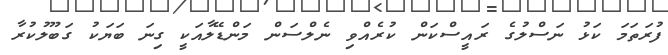
ފުރަތަމަ ކަޅު ނަސްލުގެ ރައީސްކަން ކުރެއްވި ނެލްސަން މަންޑޭލާއަކީ ގިނަ ބަޔަކު ގަބޫލުކުރާ